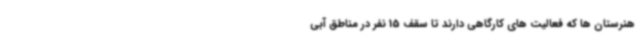
هنرستان ها که فعالیت های کارگاهی دارند تا سقف 15 نفر در مناطق آبی